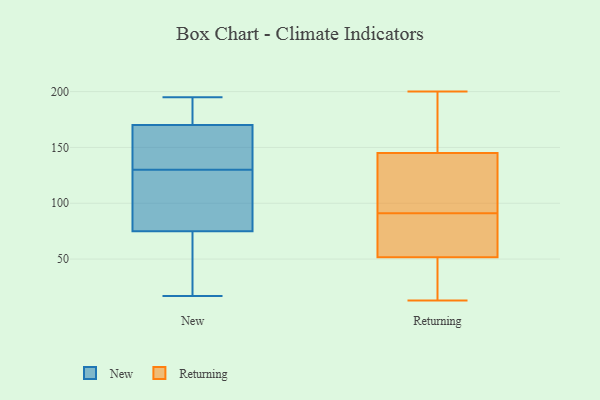
{"axis": {"x": "Operating Costs (USD K)", "y": "Value"}, "legend": ["New", "Returning"], "data": [{"x": "", "y": 187, "type": "New"}, {"x": "", "y": 75, "type": "New"}, {"x": "", "y": 104, "type": "New"}, {"x": "", "y": 146, "type": "New"}, {"x": "", "y": 97, "type": "New"}, {"x": "", "y": 135, "type": "New"}, {"x": "", "y": 177, "type": "New"}, {"x": "", "y": 38, "type": "New"}, {"x": "", "y": 17, "type": "New"}, {"x": "", "y": 23, "type": "New"}, {"x": "", "y": 195, "type": "New"}, {"x": "", "y": 170, "type": "New"}, {"x": "", "y": 133, "type": "New"}, {"x": "", "y": 127, "type": "New"}, {"x": "", "y": 142, "type": "Returning"}, {"x": "", "y": 61, "type": "Returning"}, {"x": "", "y": 131, "type": "Returning"}, {"x": "", "y": 43, "type": "Returning"}, {"x": "", "y": 196, "type": "Returning"}, {"x": "", "y": 13, "type": "Returning"}, {"x": "", "y": 146, "type": "Returning"}, {"x": "", "y": 62, "type": "Returning"}, {"x": "", "y": 50, "type": "Returning"}, {"x": "", "y": 112, "type": "Returning"}, {"x": "", "y": 35, "type": "Returning"}, {"x": "", "y": 100, "type": "Returning"}, {"x": "", "y": 148, "type": "Returning"}, {"x": "", "y": 148, "type": "Returning"}, {"x": "", "y": 91, "type": "Returning"}, {"x": "", "y": 38, "type": "Returning"}, {"x": "", "y": 73, "type": "Returning"}, {"x": "", "y": 57, "type": "Returning"}, {"x": "", "y": 200, "type": "Returning"}]}